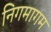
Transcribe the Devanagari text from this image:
निगमागम